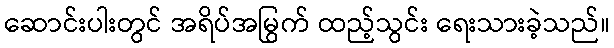
ဆောင်းပါးတွင် အရိပ်အမြွက် ထည့်သွင်း ရေးသားခဲ့သည်။